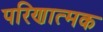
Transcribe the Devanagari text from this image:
परिणात्मक